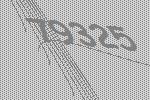
79325